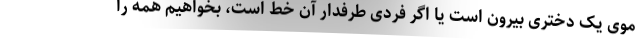
موی یک دختری بیرون است یا اگر فردی طرفدار آن خط است، بخواهیم همه را